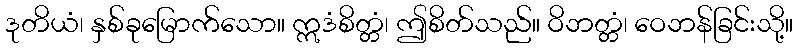
ဒုတိယံ၊ နှစ်ခုမြောက်သော။ ဣဒံစိတ္တံ၊ ဤစိတ်သည်။ ဝိဘတ္တံ၊ ဝေဘန်ခြင်းသို့။